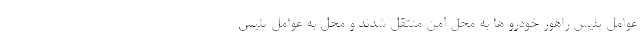
عوامل پلیس راهور خودرو ها به محل امن منتقل شدند و محل به عوامل پلیس